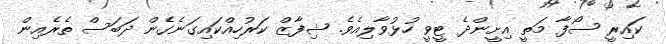
ކައިރީ ސޯފާ މަތީ އިށީންދެ ޓީވީ ހުޅުވާލިއެވެ. ޝިފާޒް ކަރުހިއްކައިގަނެގެން ދަބަސް ތެރެއިން